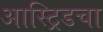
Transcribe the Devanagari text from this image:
आस्ट्रिडचा